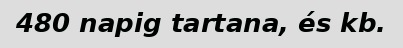
480 napig tartana, és kb.